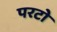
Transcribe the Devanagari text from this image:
परटो